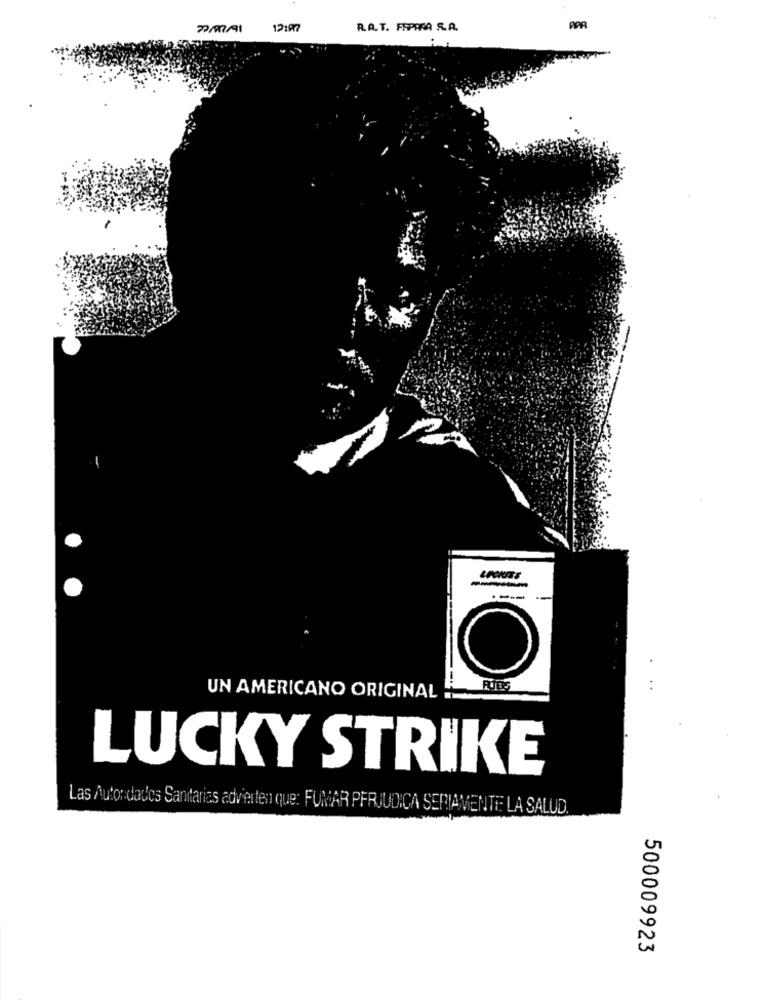
22/07/91
12:00
R.A.T. FRPARA S.A.
PAR
O
UN AMERICANO ORIGINAL
LUCKY STRIKE
Las Autoridades Sanitarias advierten que: FUMAR PFRUUDICA SERIAMENTE LA SALUD.
500009923